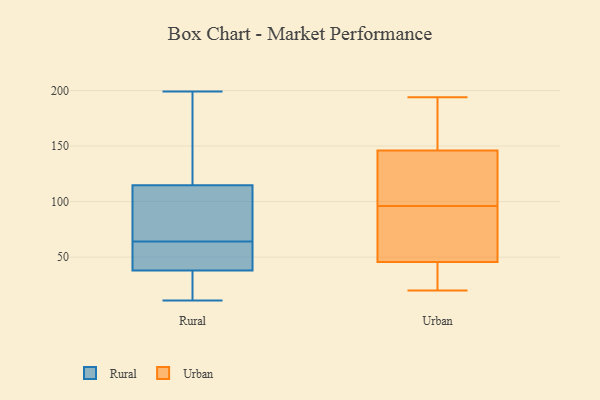
{"axis": {"x": "Temperature (°C)", "y": "Value"}, "legend": ["Rural", "Urban"], "data": [{"x": "", "y": 64, "type": "Rural"}, {"x": "", "y": 37, "type": "Rural"}, {"x": "", "y": 61, "type": "Rural"}, {"x": "", "y": 41, "type": "Rural"}, {"x": "", "y": 128, "type": "Rural"}, {"x": "", "y": 27, "type": "Rural"}, {"x": "", "y": 13, "type": "Rural"}, {"x": "", "y": 95, "type": "Rural"}, {"x": "", "y": 114, "type": "Rural"}, {"x": "", "y": 115, "type": "Rural"}, {"x": "", "y": 67, "type": "Rural"}, {"x": "", "y": 73, "type": "Rural"}, {"x": "", "y": 54, "type": "Rural"}, {"x": "", "y": 21, "type": "Rural"}, {"x": "", "y": 62, "type": "Rural"}, {"x": "", "y": 193, "type": "Rural"}, {"x": "", "y": 11, "type": "Rural"}, {"x": "", "y": 125, "type": "Rural"}, {"x": "", "y": 199, "type": "Rural"}, {"x": "", "y": 93, "type": "Urban"}, {"x": "", "y": 194, "type": "Urban"}, {"x": "", "y": 147, "type": "Urban"}, {"x": "", "y": 20, "type": "Urban"}, {"x": "", "y": 120, "type": "Urban"}, {"x": "", "y": 131, "type": "Urban"}, {"x": "", "y": 68, "type": "Urban"}, {"x": "", "y": 47, "type": "Urban"}, {"x": "", "y": 38, "type": "Urban"}, {"x": "", "y": 145, "type": "Urban"}, {"x": "", "y": 193, "type": "Urban"}, {"x": "", "y": 99, "type": "Urban"}, {"x": "", "y": 74, "type": "Urban"}, {"x": "", "y": 189, "type": "Urban"}, {"x": "", "y": 44, "type": "Urban"}, {"x": "", "y": 26, "type": "Urban"}]}